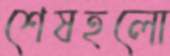
শেষহলো